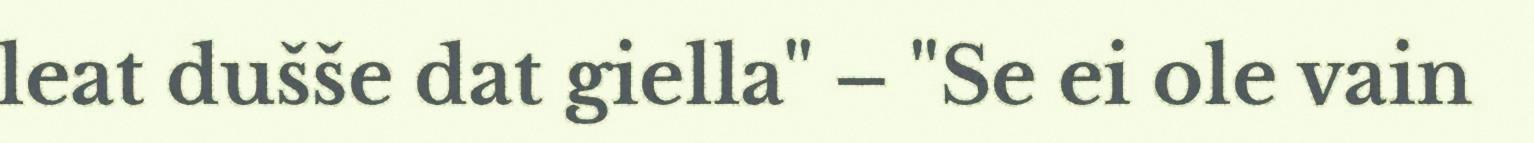
leat dušše dat giella" – "Se ei ole vain